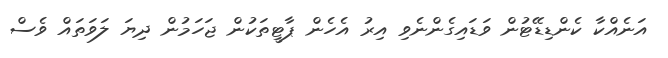
އަނެއްކާ ކެންޑިޑޭޓުން ވަޑައިގެންނެވި އިރު އެހެން ޕާޓީތަކުން ޖަހަމުން ދިޔަ ލަވަތައް ވެސް